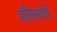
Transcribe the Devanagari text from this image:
प्रतिभायें